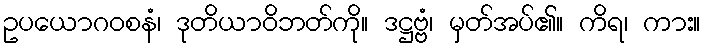
ဥပယောဂဝစနံ၊ ဒုတိယာဝိဘတ်ကို။ ဒဋ္ဌဗ္ဗံ၊ မှတ်အပ်၏။ ကိရ၊ ကား။